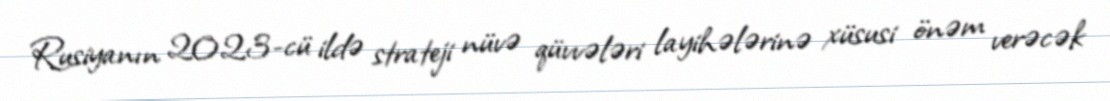
Rusiyanın 2023-cü ildə strateji nüvə qüvvələri layihələrinə xüsusi önəm verəcək